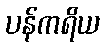
ပန်ကရိယ